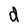
Character: d